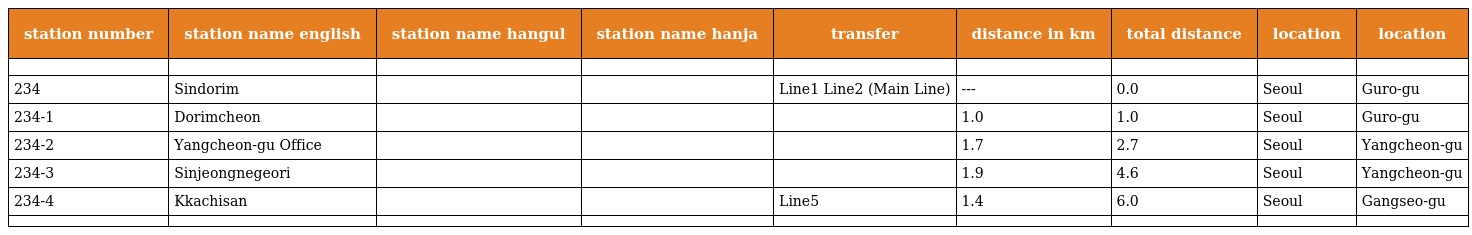
| station number | station name english | station name hangul | station name hanja | transfer | distance in km | total distance | location | location |
 | --- | --- | --- | --- | --- | --- | --- | --- | --- |
 |  |  |  |  |  |  |  |  |  |
 | 234 | Sindorim | 신도림 | 新 道 林 | Line1 Line2 (Main Line) | --- | 0.0 | Seoul | Guro-gu |
 | 234-1 | Dorimcheon | 도림천 | 道 林 川 |  | 1.0 | 1.0 | Seoul | Guro-gu |
 | 234-2 | Yangcheon-gu Office | 양천구청 | 陽 川 區 廳 |  | 1.7 | 2.7 | Seoul | Yangcheon-gu |
 | 234-3 | Sinjeongnegeori | 신정네거리 | 新 亭 네거리 |  | 1.9 | 4.6 | Seoul | Yangcheon-gu |
 | 234-4 | Kkachisan | 까치산 | 까치 山 | Line5 | 1.4 | 6.0 | Seoul | Gangseo-gu |
 |  |  |  |  |  |  |  |  |  |